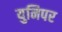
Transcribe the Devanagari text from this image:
युनिपर